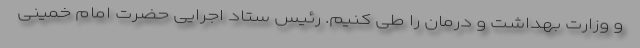
و وزارت بهداشت و درمان را طی کنیم. رئیس ستاد اجرایی حضرت امام خمینی